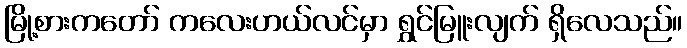
မြို့စားကတော် ကလေးဟယ်လင်မှာ ရွှင်မြူးလျက် ရှိလေသည်။